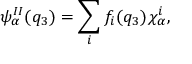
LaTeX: \psi _ { \alpha } ^ { I I } ( q _ { 3 } ) = \sum _ { i } f _ { i } ( q _ { 3 } ) \chi _ { \alpha } ^ { i } ,